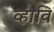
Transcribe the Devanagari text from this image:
व्हावि